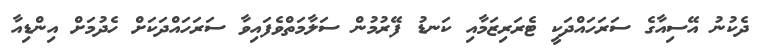
ދެކުނު އޭސިއާގެ ސަރަހައްދަކީ ޓެރަރިޒަމާއި ކަނޑު ފޭރުމުން ސަލާމަތްވެފައިވާ ސަރަހައްދަކަށް ހެދުމަށް އިންޑިއާ